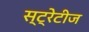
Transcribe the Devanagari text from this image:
स्ट्रेटीज